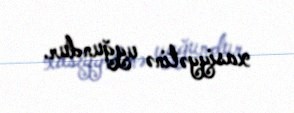
xasiyyətinə uyğundur.